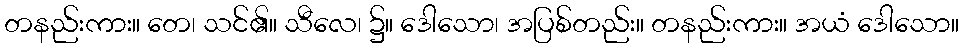
တနည်းကား။ တေ၊ သင်၏။ သီလေ၊ ၌။ ဒေါသော၊ အပြစ်တည်း။ တနည်းကား။ အယံ ဒေါသော။